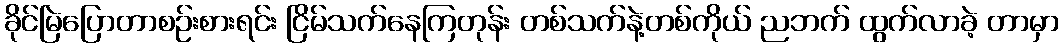
ခိုင်မြဲပြောတာစဉ်းစားရင်း ငြိမ်သက်နေကြတုန်း တစ်သက်နဲ့တစ်ကိုယ် ညဘက် ထွက်လာခဲ့ တာမှာ